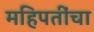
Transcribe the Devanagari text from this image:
महिपतींचा